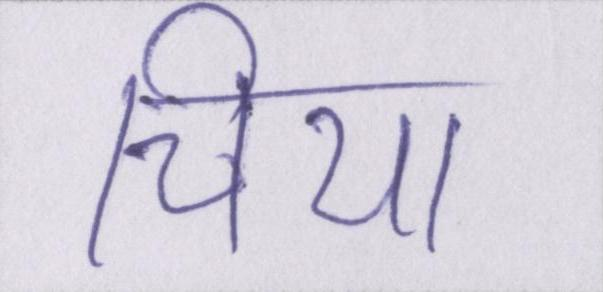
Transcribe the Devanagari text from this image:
चिया